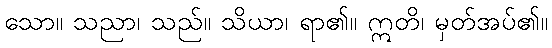
သော။ သညာ၊ သည်။ သိယာ၊ ရာ၏။ ဣတိ၊ မှတ်အပ်၏။